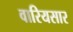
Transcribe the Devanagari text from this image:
वारियसार